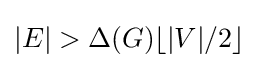
|E|>\Delta (G)\lfloor |V|/2\rfloor